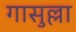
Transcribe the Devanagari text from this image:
गासुल्ला